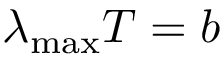
\lambda _ { \mathrm { m a x } } T = b